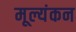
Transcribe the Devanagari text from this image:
मूल्यंकन